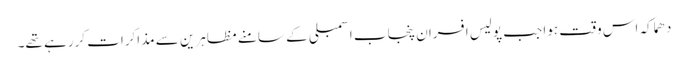
دھماکہ اس وقت ہوا جب پولیس افسران پنجاب اسمبلی کے سامنے مظاہرین سے مذاکرات کررہے تھے۔